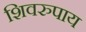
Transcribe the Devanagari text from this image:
शिवरुपाय